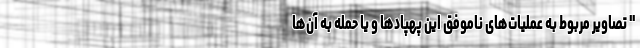
" تصاویر مربوط به عملیات‌های ناموفق این پهپادها و یا حمله به آن‌ها